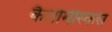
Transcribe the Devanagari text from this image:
कैलोमीस्कस